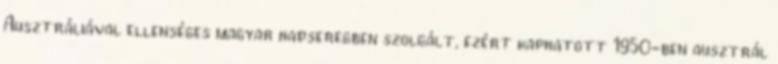
Ausztráliával ellenséges magyar hadseregben szolgált, ezért kaphatott 1950-ben ausztrál